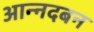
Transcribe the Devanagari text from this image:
आन्नदबन